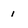
Character: i